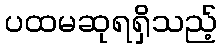
ပထမဆုရရှိသည့်